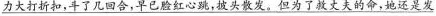
\underline{力大打折扣，斗了几回合，早已脸红心跳，披头散发。但为了救丈夫的命，她还是发}